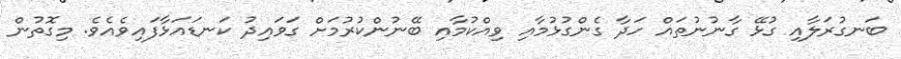
ބަނގުރަލާއި ގުޅޭ ގާނުނުތައް ހަދާ ގެންގުޅުމާއި ވިއްކުމާއި ބޭނުންކުރުމަށް ގަވައިދު ކަނޑައަޅާފައިވެއެވެ. މިގޮތުން